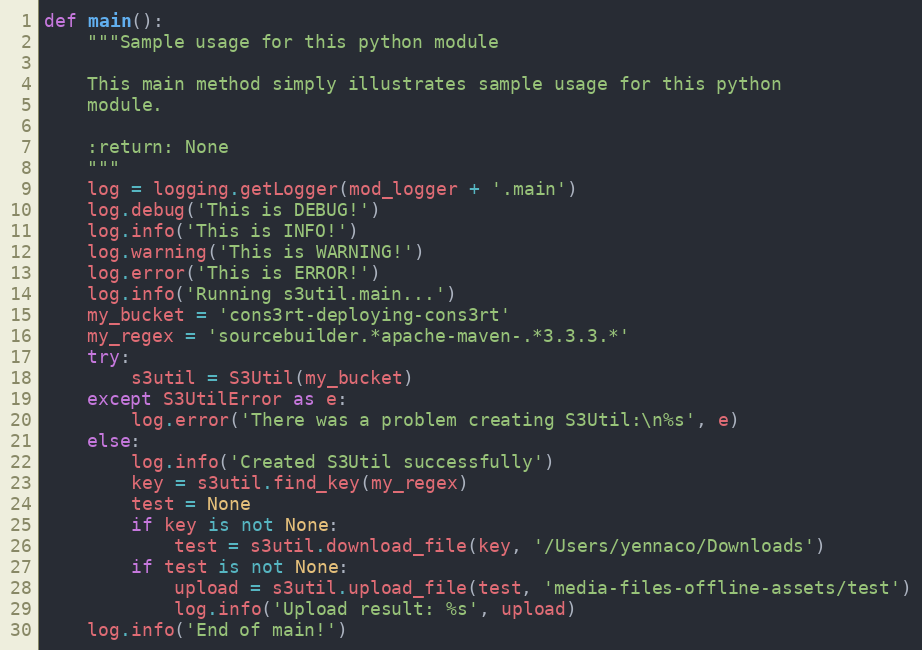
Language: Python
def main():
    """Sample usage for this python module

    This main method simply illustrates sample usage for this python
    module.

    :return: None
    """
    log = logging.getLogger(mod_logger + '.main')
    log.debug('This is DEBUG!')
    log.info('This is INFO!')
    log.warning('This is WARNING!')
    log.error('This is ERROR!')
    log.info('Running s3util.main...')
    my_bucket = 'cons3rt-deploying-cons3rt'
    my_regex = 'sourcebuilder.*apache-maven-.*3.3.3.*'
    try:
        s3util = S3Util(my_bucket)
    except S3UtilError as e:
        log.error('There was a problem creating S3Util:\n%s', e)
    else:
        log.info('Created S3Util successfully')
        key = s3util.find_key(my_regex)
        test = None
        if key is not None:
            test = s3util.download_file(key, '/Users/yennaco/Downloads')
        if test is not None:
            upload = s3util.upload_file(test, 'media-files-offline-assets/test')
            log.info('Upload result: %s', upload)
    log.info('End of main!')